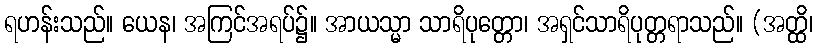
ရဟန်းသည်။ ယေန၊ အကြင်အရပ်၌။ အာယသ္မာ သာရိပုတ္တော၊ အရှင်သာရိပုတ္တရာသည်။ (အတ္ထိ၊